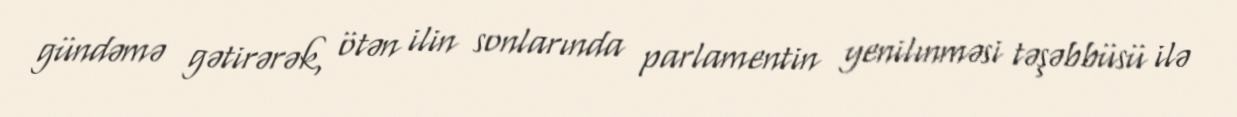
gündəmə gətirərək, ötən ilin sonlarında parlamentin yenilınməsi təşəbbüsü ilə